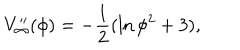
LaTeX: V _ { \infty } ^ { \prime \prime } ( \phi ) = - \frac { 1 } { 2 } ( \ln \phi ^ { 2 } + 3 ) ,